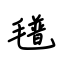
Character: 氆